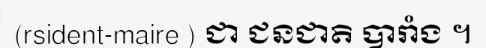
(rsident-maire ) ជា ជនជាតិ បារាំង ។